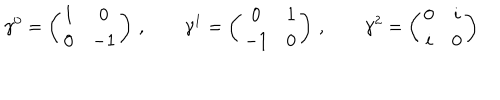
\gamma ^ { 0 } = \left( \begin{array} { c c } { { 1 } } & { { 0 } } \\ { { 0 } } & { { - 1 } } \\ \end{array} \right) \, , \qquad \gamma ^ { 1 } = \left( \begin{array} { c c } { { 0 } } & { { 1 } } \\ { { - 1 } } & { { 0 } } \\ \end{array} \right) \, , \qquad \gamma ^ { 2 } = \left( \begin{array} { c c } { { 0 } } & { { i } } \\ { { i } } & { { 0 } } \\ \end{array} \right)